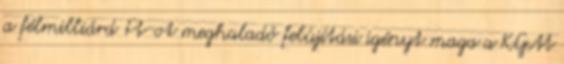
a félmilliárd Ft-ot meghaladó felújítási igényt maga a KGM